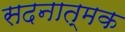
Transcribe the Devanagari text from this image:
सदनात्मक